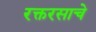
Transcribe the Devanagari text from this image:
रक्तरसाचे